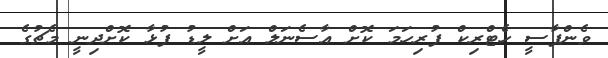
ވެންޕާސީ ހެޓްރިކް ފުރިހަމަ ކޮށް އާސެނަލް އަށް ލީޑު ފުޅާ ކޮށްދިނީ މެޗުގެ